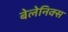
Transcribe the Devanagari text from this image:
बेलेनिक्स